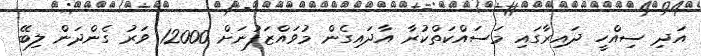
އަދި ސިއްހީ ދައިރާގައި މަސައްކަތްކުރާ އާދައިގެން މުވައްޒަފުނަށް 12000 ވަރު ގެންދަން ލިބޭ